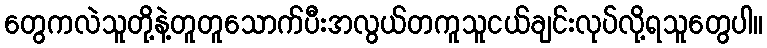
တွေကလဲသူတို့နဲ့တူတူသောက်ပီးအလွယ်တကူသူငယ်ချင်းလုပ်လို့ရသူတွေပါ။